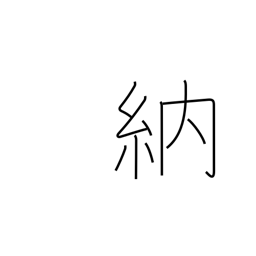
Meaning: obtain